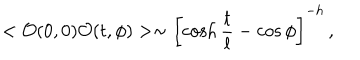
< { \cal O } ( 0 , 0 ) { \cal O } ( t , \phi ) > \sim \left[ \cosh \frac t l - \cos \phi \right] ^ { - h } \, ,